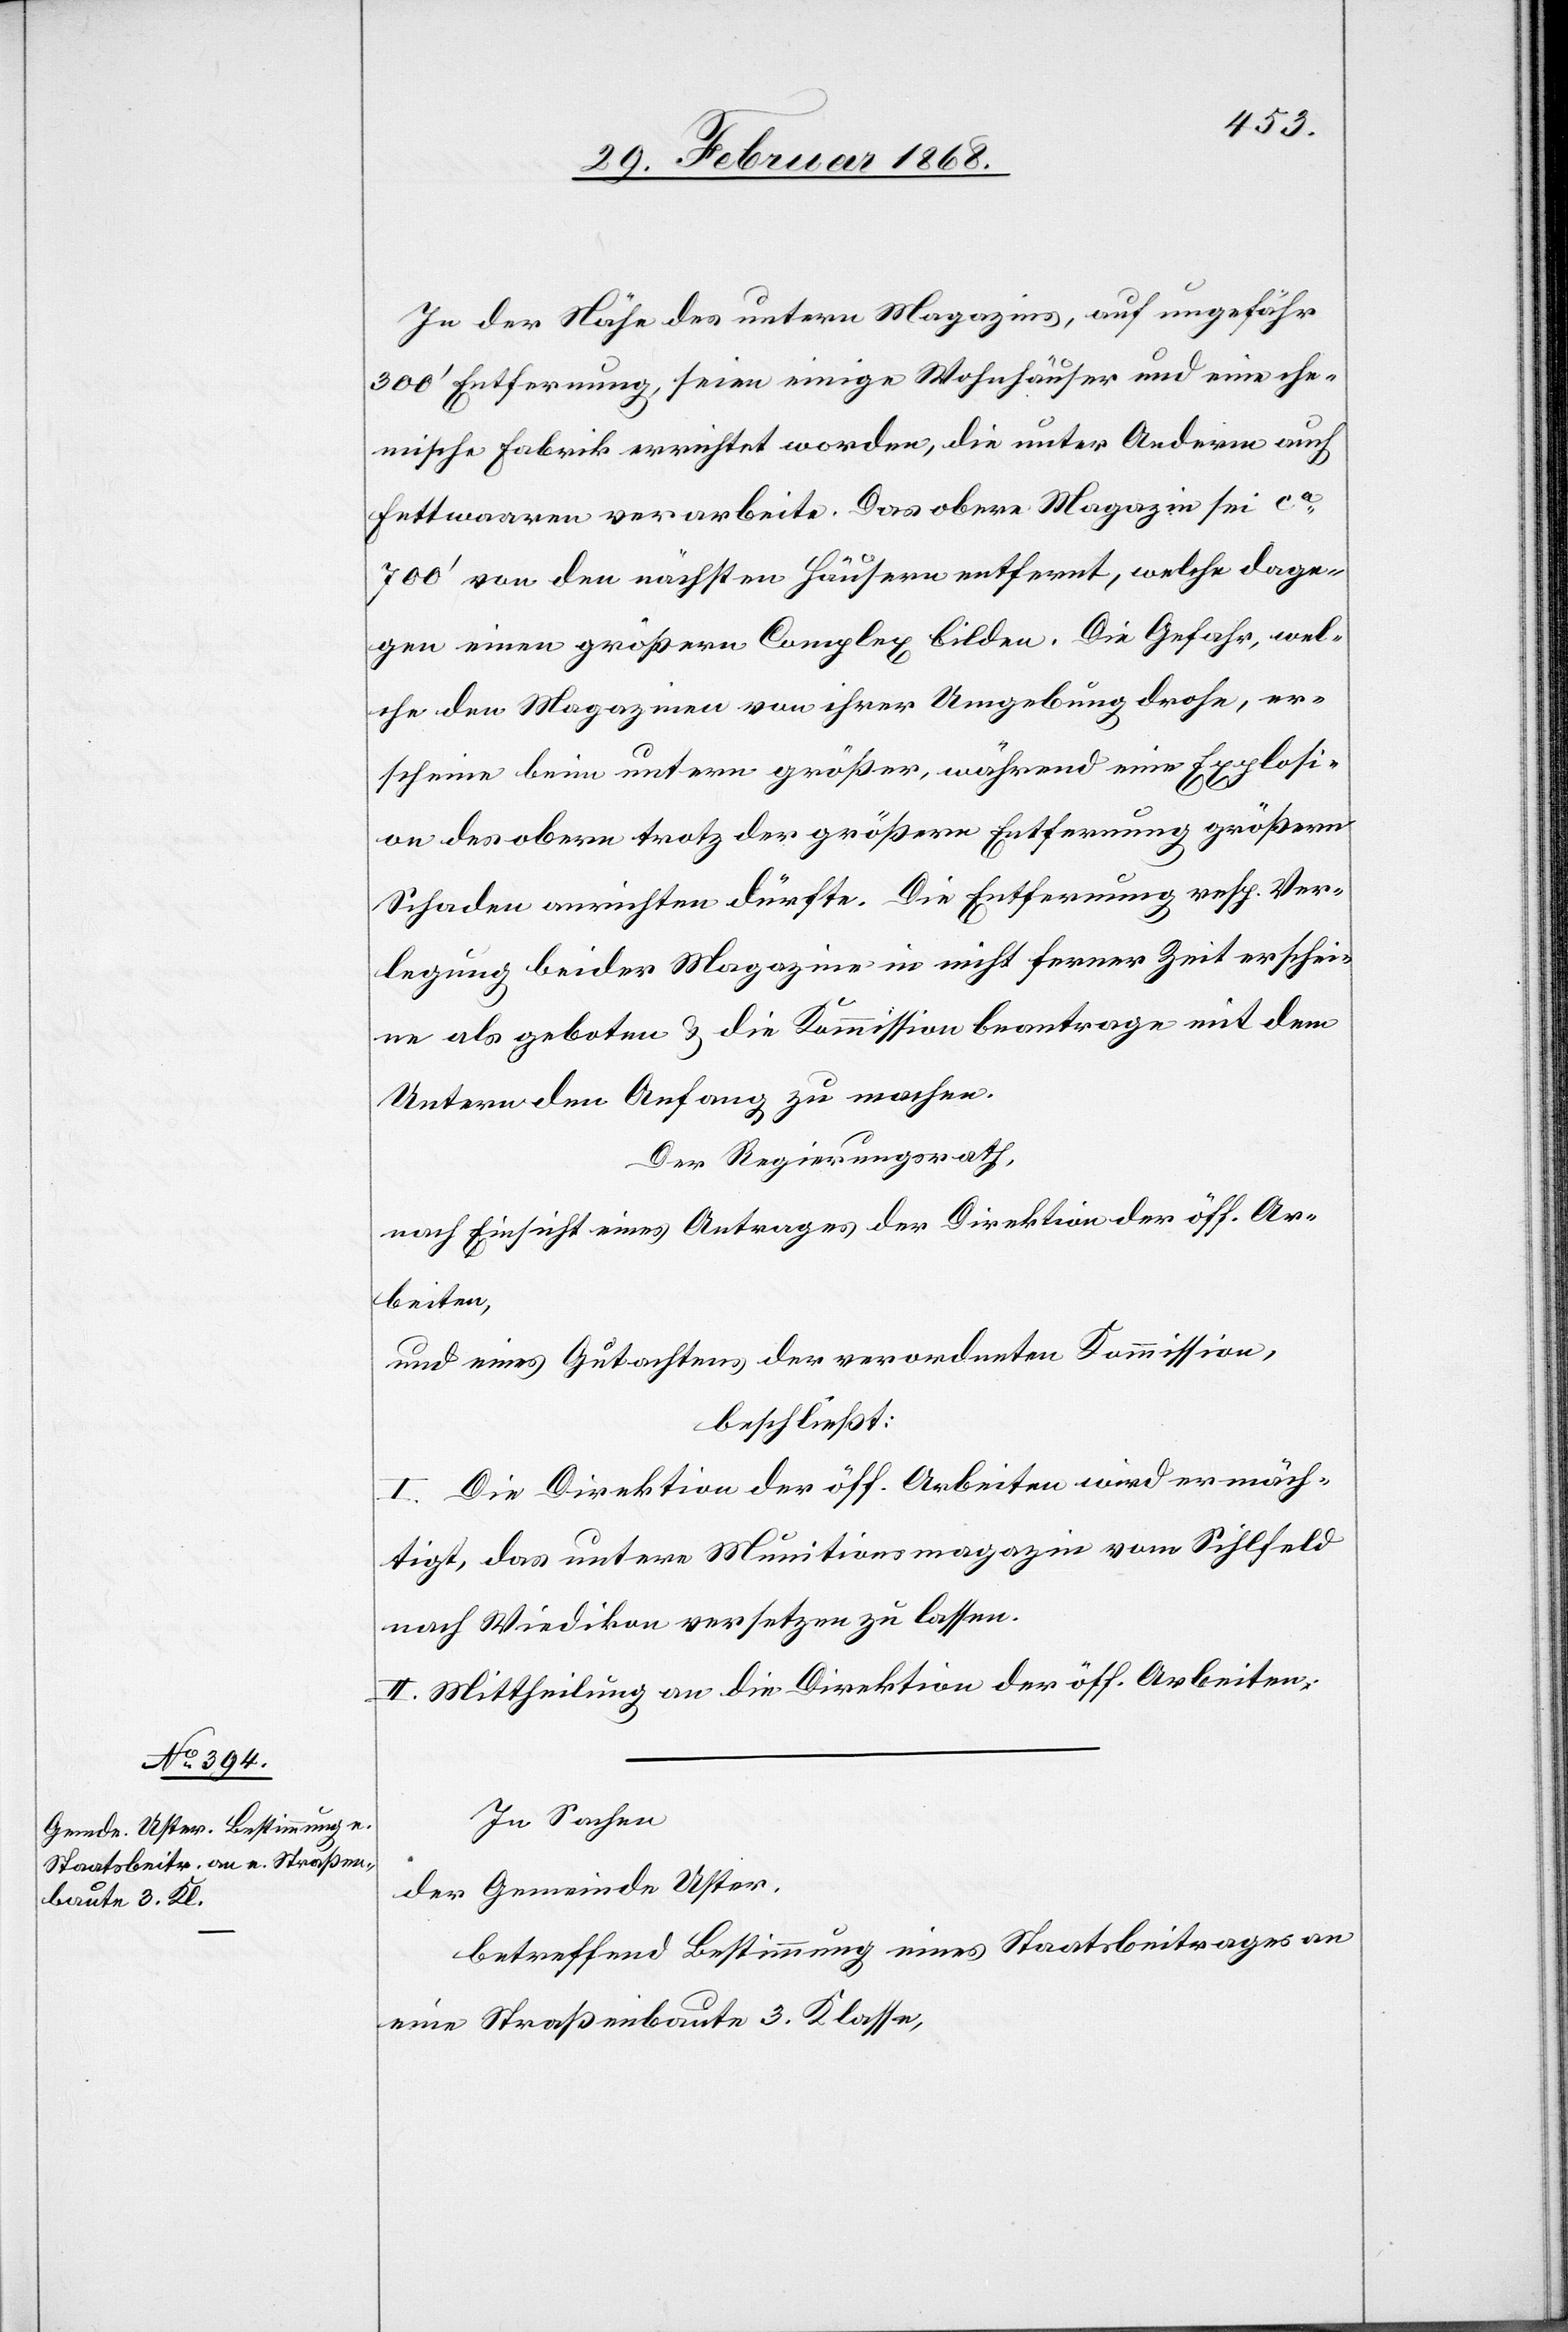
In der Nähe des untern Magazins, auf ungefähr
300‘ Entfernung, seien einige Wohnhäuser und eine che¬
mische Fabrik errichtet worden, die unter Anderm auch
Fettwaaren verarbeite. Das obere Magazin sei ca.
700‘ von den nächsten Häusern entfernt, welche dage¬
gen einen größern Complex bilden. Die Gefahr, wel¬
che den Magazinen von ihrer Umgebung drohe, er¬
scheine beim untern größer, während eine Explosi¬
on des obern trotz der größern Entfernung größern
Schaden anrichten dürfte. Die Entfernung resp. Ver¬
legung beider Magazine in nicht ferner Zeit erschei¬
ne als geboten & die Kommission beantrage mit dem
Untern den Anfang zu machen.
Der Regierungsrath,
nach Einsicht eines Antrages der Direktion der öff. Ar¬
beiten,
und eines Gutachtens der verordneten Kommission,
beschließt:
I. Die Direktion der öff. Arbeiten wird ermäch¬
tigt, das untere Munitionsmagazin vom Sihlfeld
nach Wiedikon versetzen zu lassen.
II. Mittheilung an die Direktion der öff. Arbeiten.
In Sachen
der Gemeinde Uster,
betreffend Bestimmung eines Staatsbeitrages an
eine Straßenbaute 3. Klasse,